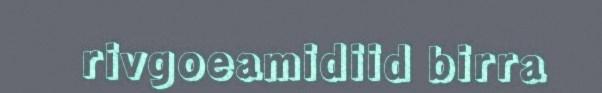
rivgoeamidiid birra